Black-water fever - Number 35
Disease focus: Fever
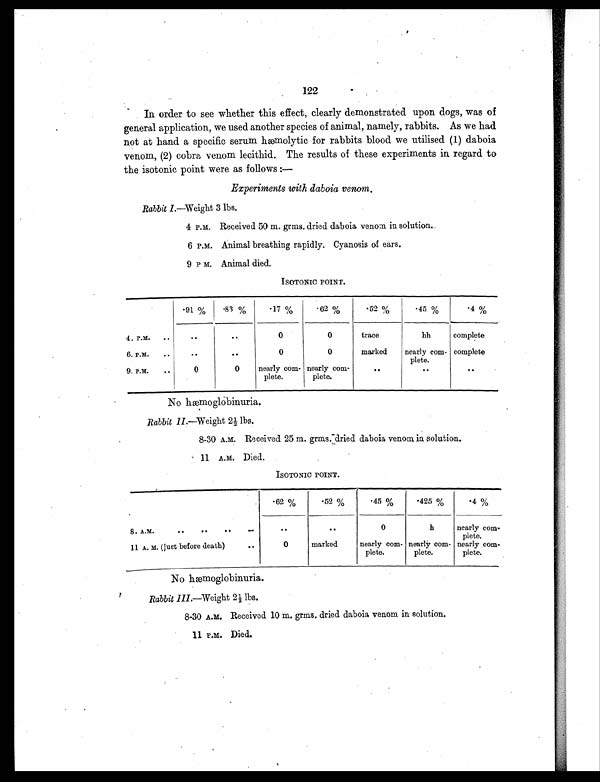
122
In order to see whether this effect, clearly demonstrated upon dogs, was of
general application, we used another species of animal, namely, rabbits. As we had
not at hand a specific serum hæmolytic for rabbits blood we utilised (1) daboia
venom, (2) cobra venom lecithid. The results of these experiments in regard to
the isotonic point were as follows :—
Experiments with daboia venom.
Rabbit I .—Weight 3 lbs.
4 P.M. Received 50 m. grrns. dried daboia venom in solution
.
6 P.M. Animal breathing rapidly. Cyanosis of ears.
9 P M. Animal died.
ISOTONIC POINT.
.91 %
.83 %
.17 %
.62 %
.52 %
.45 %
.4 %
4. P.M.
..
..
. .
0
0
trace
hh
complete
6. P.M.
..
..
..
0
0
marked
nearly corn-
plete.
complete
9. P.M.
..
0
0
nearly corn-
plete.
nearly corn-
plete.
. .
. .
. .
No hæmoglobinuria.
Rabbit II .—Weight 2½ lbs.
8-30 A.M. Received 25 m. grms. dried daboia venom in solution.
11 A.M. Died.
ISOTONIC POINT.
.62 %
.52%
.45%
.425%
.4%
8. A.M.
..
..
..
. .
. .
. .
0
h
nearly com-
plete.
11 A. M. (just before death)
. .
0
marked
nearly com-
plete.
nearly com-
plete.
nearly com-
plete.
No hæmoglobinuria.
Rabbit III.—Weight 2½ lbs.
8-30 A.M. Received 10 m. grms, dried daboia venom in solution.
11 P.M. Died.